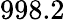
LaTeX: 998.2